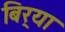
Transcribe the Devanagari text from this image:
बिर्‍या